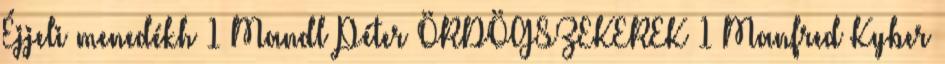
Éjjeli menedékh 1 Mandl Péter ÖRDÖGSZEKEREK 1 Manfred Kyber